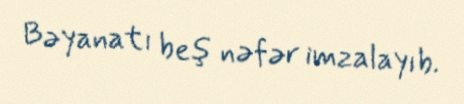
Bəyanatı beş nəfər imzalayıb.